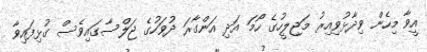
އީވާ މިހެން ވިދާޅުވިއިރު މަޖިލީހުގެ ހޯމަ އަދި އަންގާރަ ދުވަހުގެ ޖަލްސާގައިވެސް ގުޅިފައިވާ